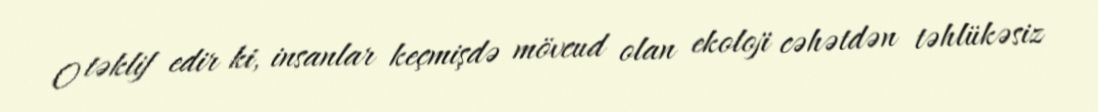
O təklif edir ki, insanlar keçmişdə mövcud olan ekoloji cəhətdən təhlükəsiz